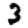
Digit: 3